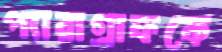
প্যারাগ্রাফকে